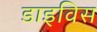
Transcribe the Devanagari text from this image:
डाइविस